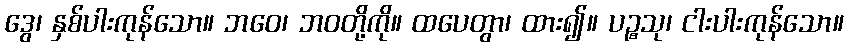
ဒွေ၊ နှစ်ပါးကုန်သော။ ဘဝေ၊ ဘဝတို့ကို။ ထပေတွာ၊ ထား၍။ ပဉ္စသု၊ ငါးပါးကုန်သော။